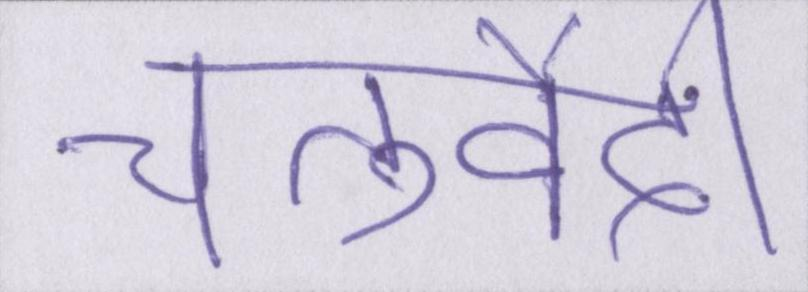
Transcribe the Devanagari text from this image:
चतुर्वेदी